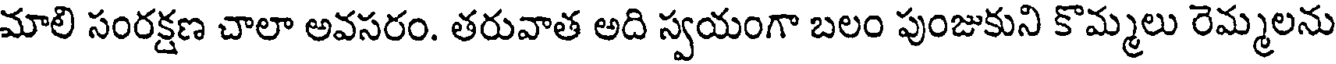
మాలి సంరక్షణ చాలా అవసరం. తరువాత అది స్వయంగా బలం పుంజుకుని కొమ్మలు రెమ్మలను